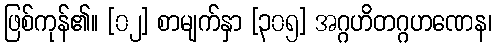
ဖြစ်ကုန်၏။ [၀၂] စာမျက်နှာ [၃၀၅] အဂ္ဂဟိတဂ္ဂဟဏေန၊